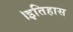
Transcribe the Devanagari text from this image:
।इतिहास